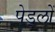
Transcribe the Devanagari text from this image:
पेड्लों